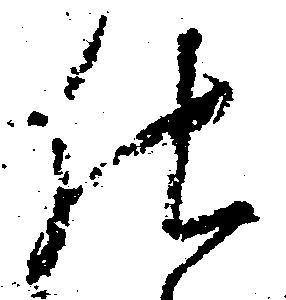
仕